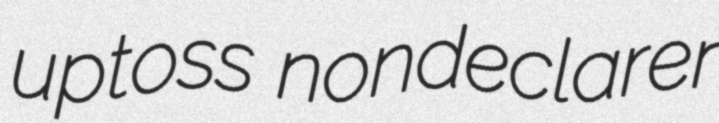
uptoss nondeclarer